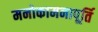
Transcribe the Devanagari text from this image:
मनोकामनापूर्ति